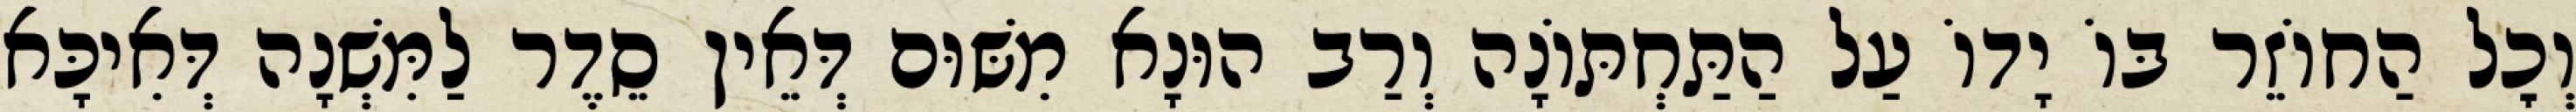
וְכׇל הַחוֹזֵר בּוֹ יָדוֹ עַל הַתַּחְתּוֹנָה וְרַב הוּנָא מִשּׁוּם דְּאֵין סֵדֶר לַמִּשְׁנָה דְּאִיכָּא